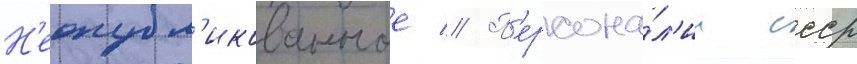
Н'еопубл'икованное // П'ерсона́л'ии ссср